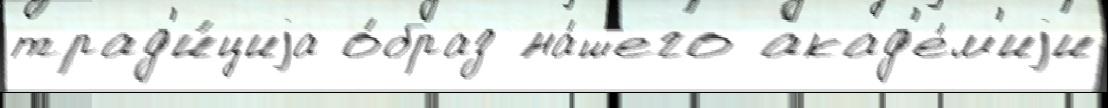
трад'и́циjа о́браз на́шего акад'е́м'иjи